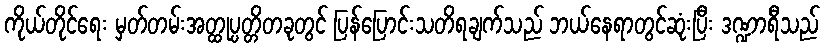
ကိုယ်တိုင်ရေး မှတ်တမ်းအတ္ထုပ္ပတ္တိတခုတွင် ပြန်ပြောင်းသတိရချက်သည် ဘယ်နေရာတွင်ဆုံးပြီး ဒဏ္ဍာရီသည်